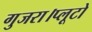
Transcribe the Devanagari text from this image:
गुजरा।प्लूटो